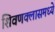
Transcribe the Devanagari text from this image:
शिवणक्लासमध्ये